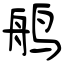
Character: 鸼